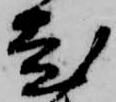
老